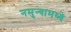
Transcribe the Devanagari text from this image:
नमुन्यामध्ये